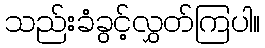
သည်းခံခွင့်လွှတ်ကြပါ။